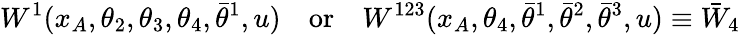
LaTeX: W^{1}(x_{A},\theta_{2},\theta_{3},\theta_{4},\bar{\theta}^{1},u)\quad\mathrm{or}\quad W^{123}(x_{A},\theta_{4},\bar{\theta}^{1},\bar{\theta}^{2},\bar{\theta}^{3},u)\equiv\bar{W}_{4}